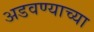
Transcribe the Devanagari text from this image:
अडवण्याच्या